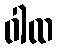
ဝါထ